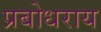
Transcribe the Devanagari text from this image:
प्रबोधराय